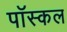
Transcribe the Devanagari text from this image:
पॉस्कल